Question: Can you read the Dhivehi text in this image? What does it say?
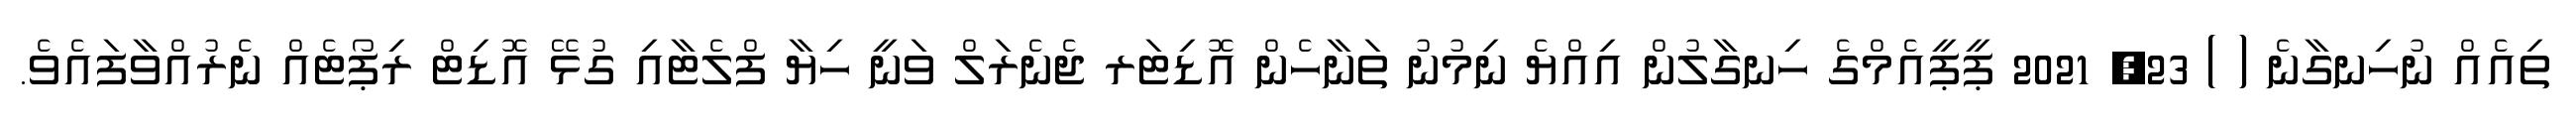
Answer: ތިއެއް ނުހިނގާނެ ( ) 23, 2021 ޕީޕީއެމްގެ ހިނގާލުން އިއްޔެ ނިމުނު ތަނާހެން އޮޑިޓަރ ޖެނެރަލް ވަނީ ހިޔާ ފްލެޓާއި ގުޅޭ އޮޑިޓް ރިޕޯޓެއް ނެރުއްވާފައެވެ.